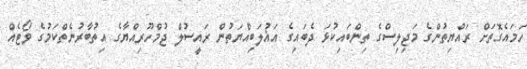
ހަމައެގޮތަށް ރައްޔިތުންގެ މަޖިލިސްގެ ތިންބައިކުޅަ ދެބައިގެ އަޣުލަބިއްޔަތުން ރައީސުލް ޖުމްހޫރިއްޔާގެ އިތުބާރުނެތްކަމުގެ ވޯޓެއް